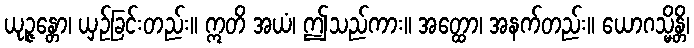
ယုဉ္ဇန္တော၊ ယှဉ်ခြင်းတည်း။ ဣတိ အယံ၊ ဤသည်ကား။ အတ္ထော၊ အနက်တည်း။ ယောဂသ္မိန္တိ၊